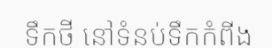
ទឹកថ្មី នៅទំនប់ទឹកកំពីង